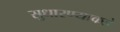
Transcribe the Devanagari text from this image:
सुधारण्याकडे